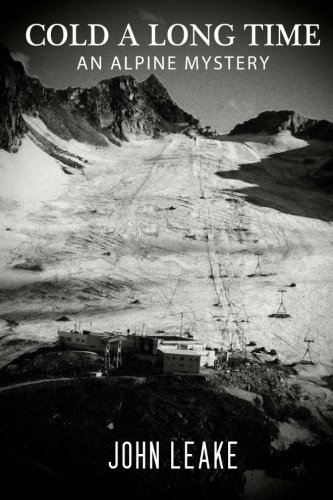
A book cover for Cold a Long Time: An Alpine Mystery; John Leake; Biographies & Memoirs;